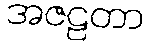
အဇဠတာ